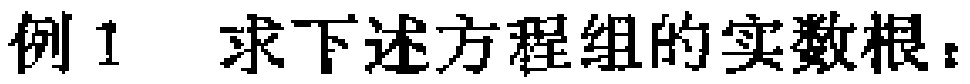
例1 求下述方程组的实数根：